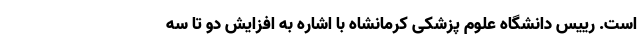
است. رییس دانشگاه علوم پزشکی کرمانشاه با اشاره به افزایش دو تا سه